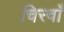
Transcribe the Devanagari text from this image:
चिरवाँ